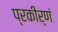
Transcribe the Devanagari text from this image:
प्रकीर्णं